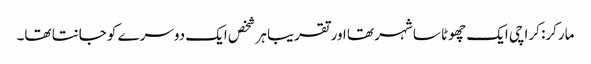
مارکر: کراچی ایک چھوٹا سا شہر تھا اور تقریبا ہر شخص ایک دوسرے کو جانتا تھا۔